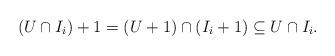
LaTeX: \begin{align*}(U\cap I_{i})+1=(U+1)\cap (I_i+1)\subseteq U\cap I_i.\end{align*}